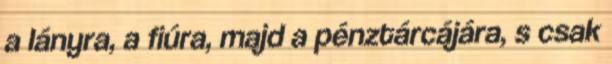
a lányra, a fiúra, majd a pénztárcájára, s csak